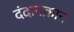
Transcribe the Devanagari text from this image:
दंदानक़ान